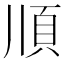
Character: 𩑎